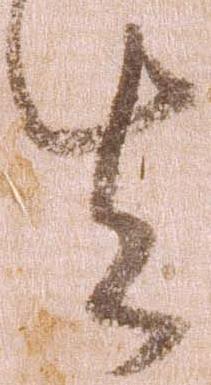
去